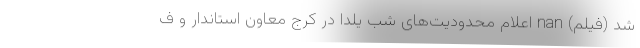
شد (فیلم) nan اعلام محدودیت‌های شب یلدا در کرج معاون استاندار و ف